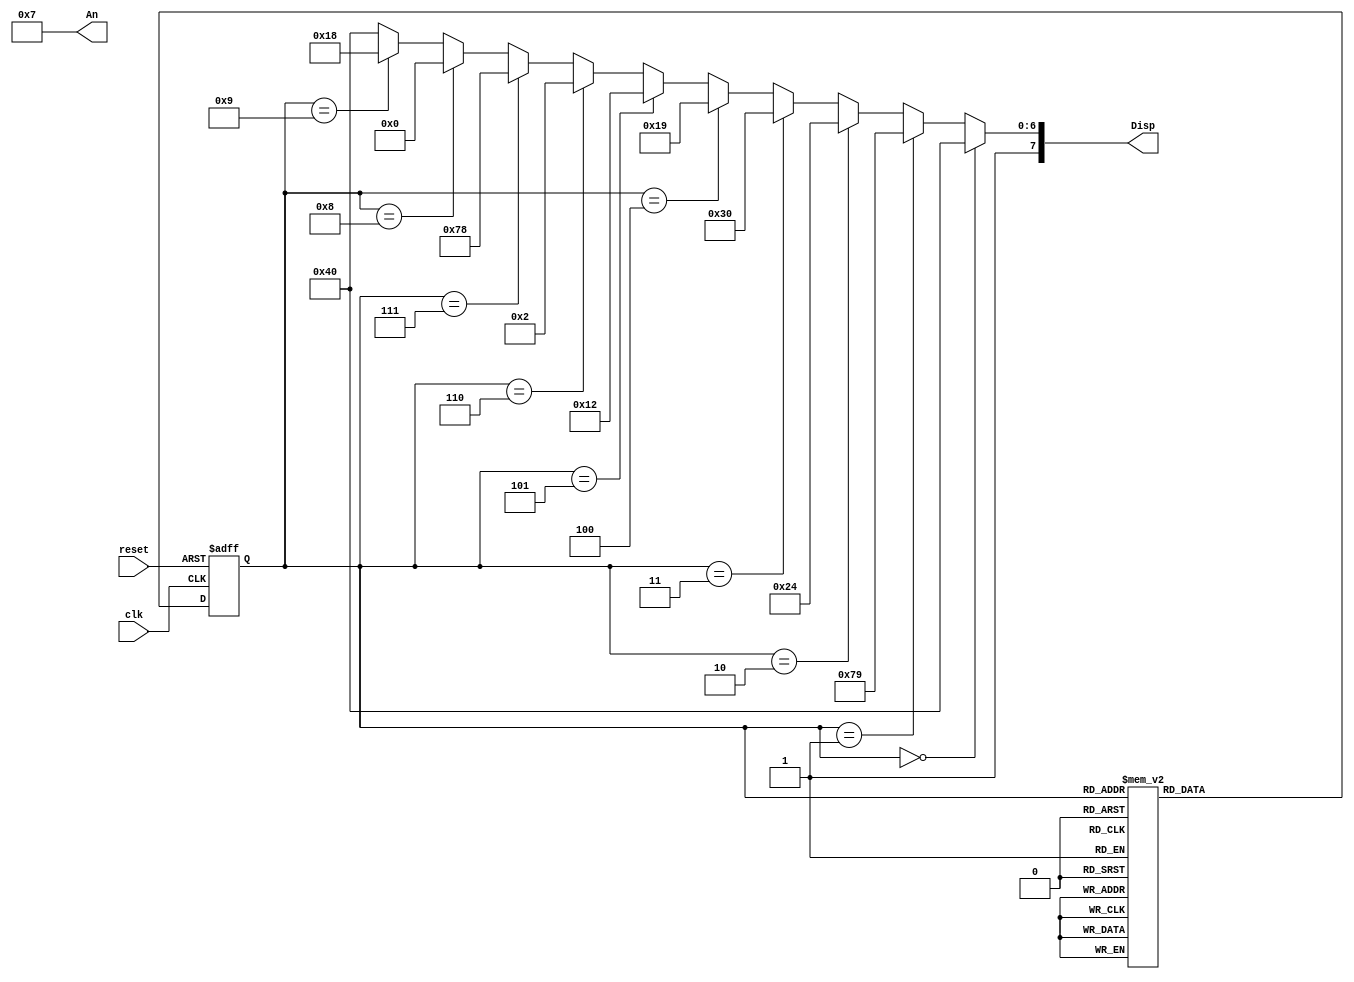
module Seven_Segment(clk, reset, An, Disp);
    input clk, reset;
    output [3:0] An;
	 //output S_reset;
    output [7:0] Disp;


  
  
 reg [3:0] state_reg, state_next;
 parameter S0 = 4'b0000;
 parameter S1 = 4'b0001;
 parameter S2 = 4'b0010;
 parameter S3 = 4'b0011;
 parameter S4 = 4'b0100;
 parameter S5 = 4'b0101;
 parameter S6 = 4'b0110;
 parameter S7 = 4'b0111;
 parameter S8 = 4'b1000;
 parameter S9 = 4'b1001;


//Clk_divider c0 (.Clk(clk), .Reset(reset), .Slow_clk(s_clk));

 always @(posedge clk, posedge reset)
      if (reset)
      state_reg <= S0;  
      else
      state_reg <= state_next; 
	 
 always@(*)
 case (state_reg)
 
 S0: state_next = S1;
      	  	   
 S1: state_next = S2;
    	
 S2: state_next = S3;
	  
 S3: state_next = S4;
	  	
 S4: state_next = S5;
	  
 S5: state_next = S6;
 	 
 S6: state_next = S7;
	 
 S7: state_next = S8;
	  
 S8: state_next = S9;
	 
 S9: state_next = S0;
 
 default: state_next= S0;
			 
endcase

 assign  Disp	= (state_reg==S0) ? 8'b11000000:
                 (state_reg==S1) ? 8'b11111001:
			        (state_reg==S2) ? 8'b10100100:
			        (state_reg==S3) ? 8'b10110000:
			        (state_reg==S4) ? 8'b10011001:
			        (state_reg==S5) ? 8'b10010010:
					  (state_reg==S6) ? 8'b10000010:
					  (state_reg==S7) ? 8'b11111000:
					  (state_reg==S8) ? 8'b10000000:
					  (state_reg==S9) ? 8'b10011000:
					   8'b11000000;


 //assign S_reset = (state_reg==S9 && state_next==S0) ? 1'b1: 1'b0;

 assign An = 4'b0111;
endmodule